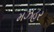
મઝહર